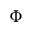
\Phi